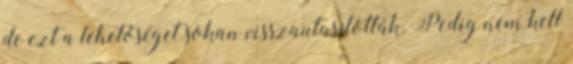
de ezt a lehetőséget sokan visszautasították. Pedig nem kell